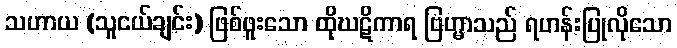
သဟာယ (သူငယ်ချင်း) ဖြစ်ဖူးသော ထိုဃဋိကာရ ဗြဟ္မာသည် ရဟန်းပြုလိုသော